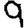
Digit: 9